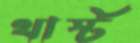
থার্স্ট